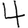
Digit: 4